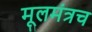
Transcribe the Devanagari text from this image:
मूलमंत्रच